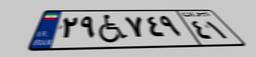
۲۹W۷۴۹۴۱